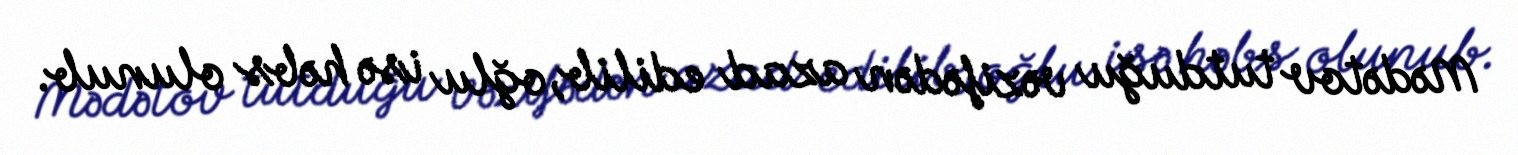
Mədətov tutduğu vəzifədən azad edilib, oğlu isə həbs olunub.